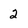
Character: 2